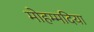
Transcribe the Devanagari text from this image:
मोहम्मदिया